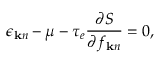
\epsilon _ { { \bf k } n } - \mu - \tau _ { e } \frac { \partial S } { \partial f _ { { \bf k } n } } = 0 ,